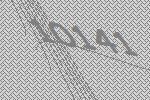
10141